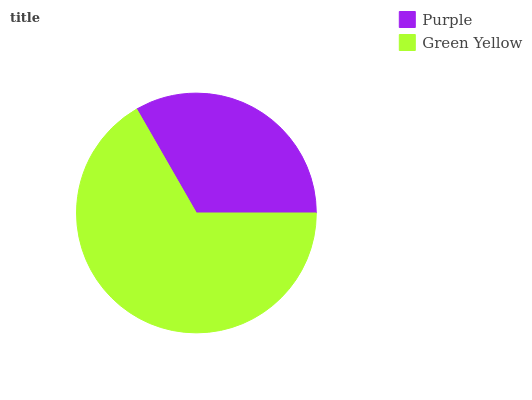
| Purple | Green Yellow |
 | --- | --- |
 | 33.3% | 66.7% |